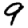
Digit: 9